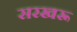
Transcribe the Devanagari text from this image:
सरखरू